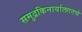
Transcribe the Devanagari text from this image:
समुद्रकिनार्यालगतचे